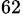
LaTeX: ^{62}